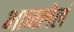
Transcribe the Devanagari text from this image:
भाजलेलं